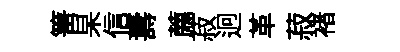
箐杲信夀薦菽迥革菽褚